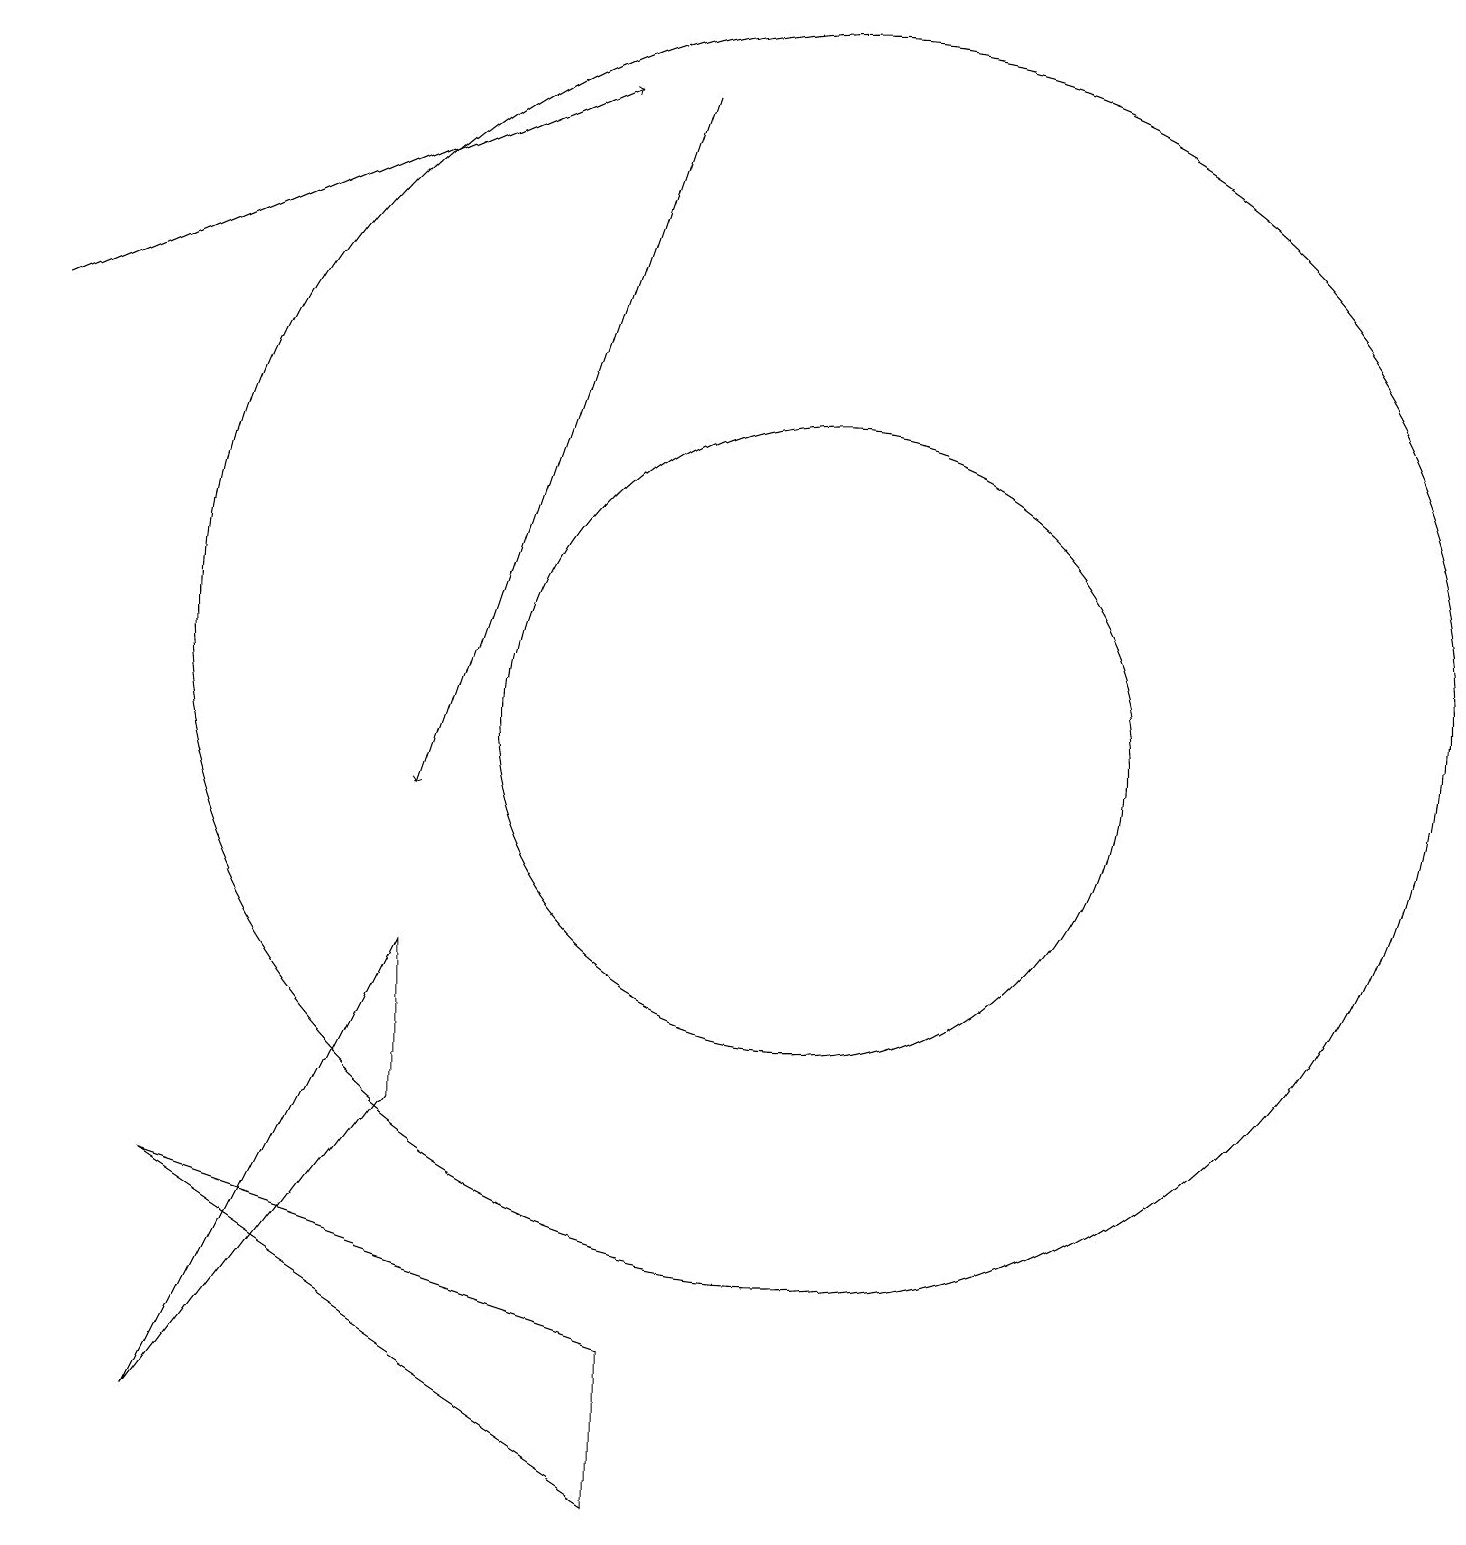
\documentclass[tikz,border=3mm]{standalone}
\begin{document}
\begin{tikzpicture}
\draw[->] (1,16) -- (8,19);
\draw (6,6) -- (3,2) -- (6,8) -- cycle;
\draw[->] (9,19) -- (6,10);
\draw (11,11) circle (4);
\draw (9,1) -- (9,3) -- (3,5) -- cycle;
\draw (11,12) circle (8);
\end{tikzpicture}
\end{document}